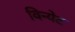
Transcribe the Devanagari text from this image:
विन्येट